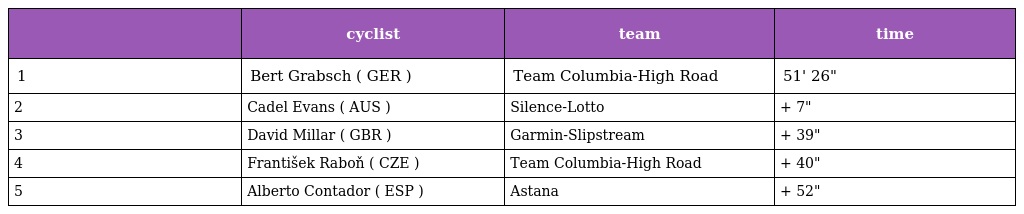
|  | cyclist | team | time |
 | --- | --- | --- | --- |
 | 1 | Bert Grabsch ( GER ) | Team Columbia-High Road | 51' 26" |
 | 2 | Cadel Evans ( AUS ) | Silence-Lotto | + 7" |
 | 3 | David Millar ( GBR ) | Garmin-Slipstream | + 39" |
 | 4 | František Raboň ( CZE ) | Team Columbia-High Road | + 40" |
 | 5 | Alberto Contador ( ESP ) | Astana | + 52" |